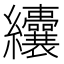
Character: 𦈃